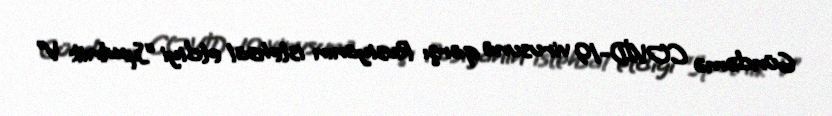
Gündəmə COVİD-19 virusuna qarşı Rusiyanın istehsal etdiyi “Sputnik V”